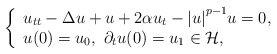
\begin{align*}\left\{ \begin{array}{l} {u_{tt}} - \Delta u + u +2\alpha {u_t} - {\left| u \right|^{p - 1}}u = 0, \\ u(0) = {u_0},\mbox{ }{\partial _t}u(0) = {u_1}\in \mathcal{H}, \\ \end{array} \right.\end{align*}